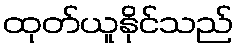
ထုတ်ယူနိုင်သည်